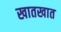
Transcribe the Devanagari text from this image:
खातखात